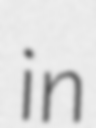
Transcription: in